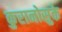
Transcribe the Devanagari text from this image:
कुरानोसुके